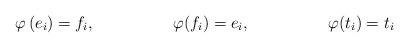
LaTeX: \begin{align*}\varphi\left(e_{i}\right) & =f_{i}, & \varphi(f_{i}) & =e_{i}, & \varphi(t_i) & =t_i\end{align*}